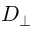
D _ { \perp }